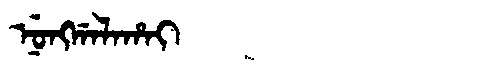
Manchu: ᠨᡠᠩᡤᠠᠯᠠᡥᠠᡳ
Romanization: NUNGGALAHAI